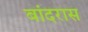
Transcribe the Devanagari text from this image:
बांदरास